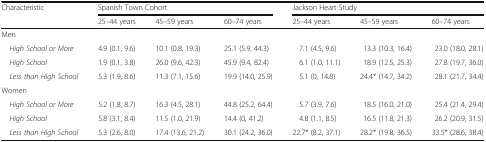
<table><thead><tr><td rowspan="2"><b>Characteristic</b></td><td colspan="3"><b>Spanish Town Cohort</b></td><td colspan="3"><b>Jackson Heart Study</b></td></tr><tr><td><b>25–44 years</b></td><td><b>45–59 years</b></td><td><b>60–74 years</b></td><td><b>25–44 years</b></td><td><b>45–59 years</b></td><td><b>60–74 years</b></td></tr></thead><tbody><tr><td colspan="7">Men</td></tr><tr><td> <i>High School or More</i></td><td>4.9 (0.1, 9.6)</td><td>10.1 (0.8, 19.3)</td><td>25.1 (5.9, 44.3)</td><td>7.1 (4.5, 9.6)</td><td>13.3 (10.3, 16.4)</td><td>23.0 (18.0, 28.1)</td></tr><tr><td> <i>High School</i></td><td>1.9 (0.1, 3.8)</td><td>26.0 (9.6, 42.3)</td><td>45.9 (9.4, 82.4)</td><td>6.1 (1.0, 11.1)</td><td>18.9 (12.5, 25.3)</td><td>27.8 (19.7, 36.0)</td></tr><tr><td> <i>Less than High School</i></td><td>5.3 (1.9, 8.6)</td><td>11.3 (7.1, 15.6)</td><td>19.9 (14.0, 25.9)</td><td>5.1 (0, 14.8)</td><td>24.4* (14.7, 34.2)</td><td>28.1 (21.7, 34.4)</td></tr><tr><td colspan="7">Women</td></tr><tr><td> <i>High School or More</i></td><td>5.2 (1.8, 8.7)</td><td>16.3 (4.5, 28.1)</td><td>44.8 (25.2, 64.4)</td><td>5.7 (3.9, 7.6)</td><td>18.5 (16.0, 21.0)</td><td>25.4 (21.4, 29.4)</td></tr><tr><td> <i>High School</i></td><td>5.8 (3.1, 8.4)</td><td>11.5 (1.0, 21.9)</td><td>14.4 (0, 41.2)</td><td>4.8 (1.1, 8.5)</td><td>16.5 (11.8, 21.3)</td><td>26.2 (20.9, 31.5)</td></tr><tr><td> <i>Less than High School</i></td><td>5.3 (2.6, 8.0)</td><td>17.4 (13.6, 21.2)</td><td>30.1 (24.2, 36.0)</td><td>22.7* (8.2, 37.1)</td><td>28.2* (19.8, 36.5)</td><td>33.5* (28.6, 38.4)</td></tr></tbody></table>